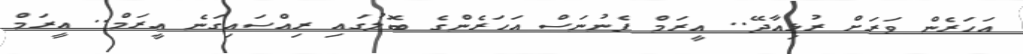
އަހަރެން ވަރަށް ރުޅިއާދޭ.. އީރަމް ފެނުނަސް އަހަރެންގެ ބޮލުގައި ރިއްސައިގަނެ އީރަމް.. އީރަމް